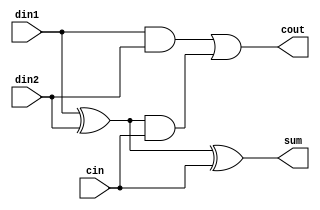
module full_adder(input din1, input din2, input cin, output sum, output cout) ;
    assign sum = din1 ^ din2 ^ cin;
    assign cout = (din1 & din2) | (din1 ^ din2) & cin;
endmodule